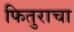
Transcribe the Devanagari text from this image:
फितुराचा